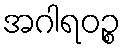
အဂါရဝဉ္စ